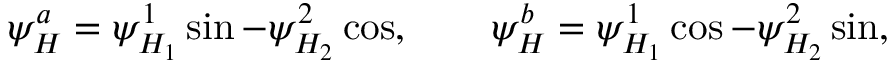
\psi _ { H } ^ { a } = \psi _ { H _ { 1 } } ^ { 1 } \sin \b - \psi _ { H _ { 2 } } ^ { 2 } \cos \b , \qquad \psi _ { H } ^ { b } = \psi _ { H _ { 1 } } ^ { 1 } \cos \b - \psi _ { H _ { 2 } } ^ { 2 } \sin \b ,